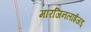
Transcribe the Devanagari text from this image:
मारजिनलाईजड्